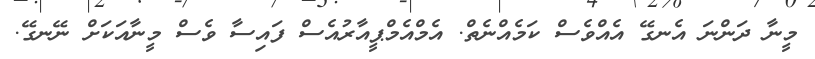
މީނާ ދަންނަ އެނގޭ އެއްވެސް ކަމެއްނެތް. އެމްއެމްޕީއާރުއެސް ފައިސާ ވެސް މީނާއަކަށް ނޭނގޭ.